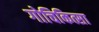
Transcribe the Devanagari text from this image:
गोचिकित्सा